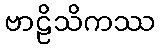
ဗာဠိသိကဿ